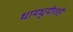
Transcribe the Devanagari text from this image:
धामधुमीतही